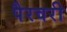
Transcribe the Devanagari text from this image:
पैरवरी